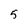
Character: 5